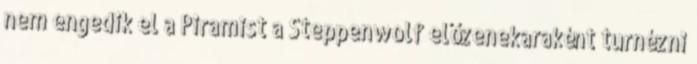
nem engedik el a Piramist a Steppenwolf előzenekaraként turnézni